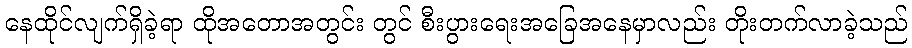
နေထိုင်လျက်ရှိခဲ့ရာ ထိုအတောအတွင်း တွင် စီးပွားရေးအခြေအနေမှာလည်း တိုးတက်လာခဲ့သည်